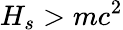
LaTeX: H_{s}>mc^{2}